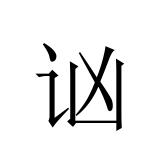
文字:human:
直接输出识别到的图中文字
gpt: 讻